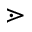
\gtrdot